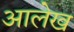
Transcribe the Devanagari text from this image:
अालेख